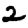
Digit: 2